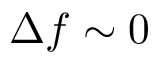
\Delta f \sim 0